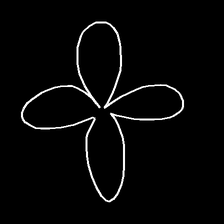
Glyph: billowing